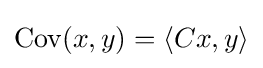
\mathrm {Cov} (x,y)=\langle Cx,y\rangle